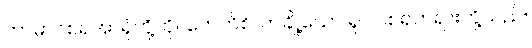
ကာမာဝစရအာရုံတို့ကို။ ကေဟိစိ၊ တချို့သော ရူပါဝစရတရားတို့သည်။